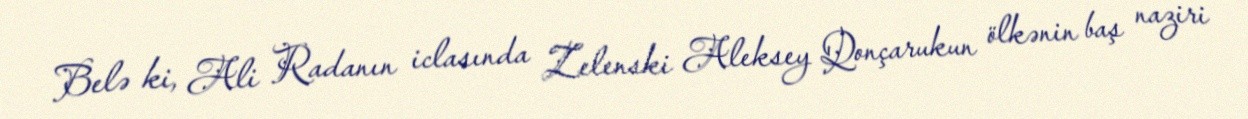
Belə ki, Ali Radanın iclasında Zelenski Aleksey Qonçarukun ölkənin baş naziri